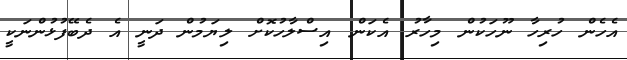
އެހެން ހުރިހާ ނޫހަކުން މިހާރު އެކަން އިސްލާހުކޮށް ލިޔަމުން ދަނީ އެ ދެބޭފުޅުންނަކީ